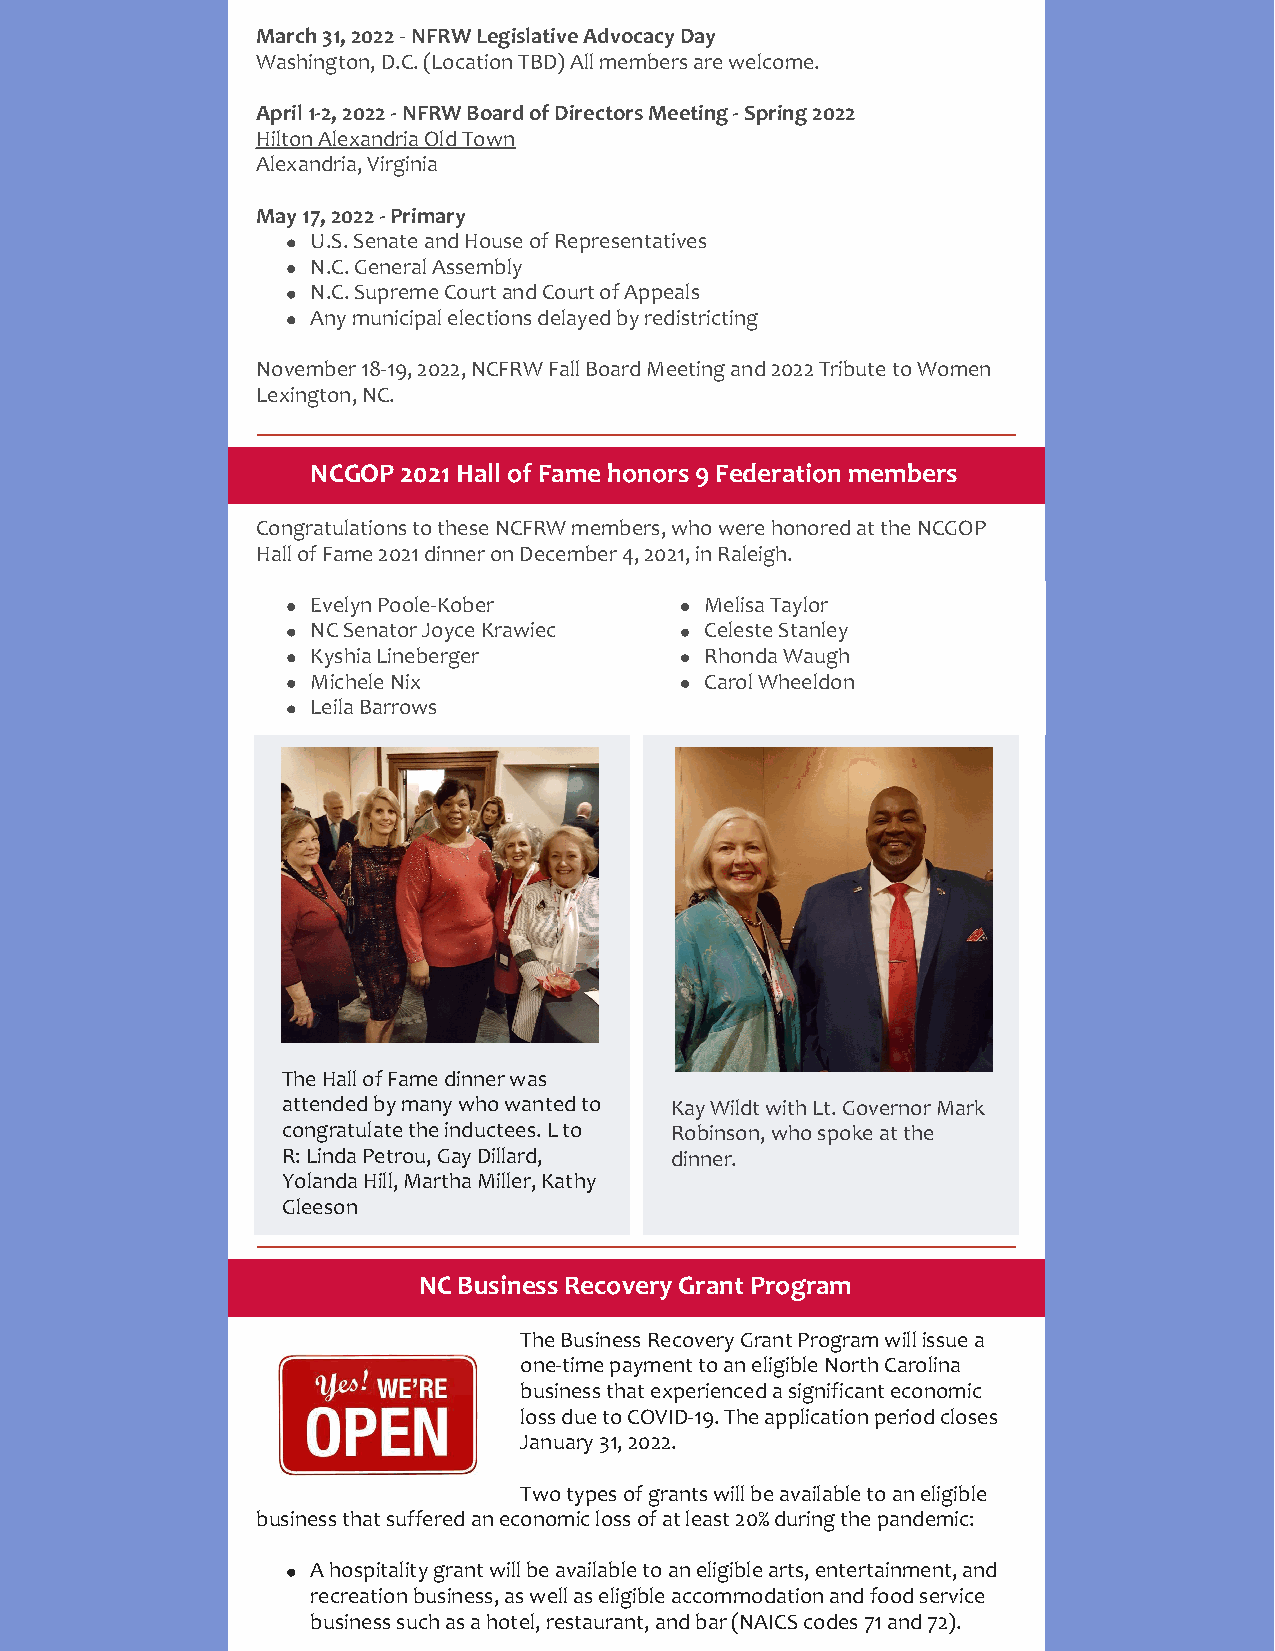
March 31, 2022 - NFRW Legislative Advocacy Day
 Washington, D.C. (Location TBD) All members are welcome.
 April 1-2, 2022 - NFRW Board of Directors Meeting - Spring 2022
 Hilton Alexandria Old Town
 Alexandria, Virginia
 May 17, 2022 - Primary
 U.S. Senate and House of Representatives
 N.C. General Assembly
 N.C. Supreme Court and Court of Appeals
 Any municipal elections delayed by redistricting
 November 18-19, 2022, NCFRW Fall Board Meeting and 2022 Tribute to Women
 Lexington, NC.
 NCGOP 2021 Hall of Fame honors 9 Federation members
 Congratulations to these NCFRW members, who were honored at the NCGOP
 Hall of Fame 2021 dinner on December 4, 2021, in Raleigh.
 ​Evelyn Poole-Kober       Melisa Taylor
 NC Senator Joyce Krawiec  Celeste Stanley
 Kyshia Lineberger         Rhonda Waugh
 Michele Nix               Carol Wheeldon
 Leila Barrows
 The Hall of Fame dinner was
 attended by many who wanted to Kay Wildt with Lt. Governor Mark
 congratulate the inductees. L to Robinson, who spoke at the
 R: Linda Petrou, Gay Dillard, dinner.
 Yolanda Hill, Martha Miller, Kathy
 Gleeson
 NC Business Recovery Grant Program
 The Business Recovery Grant Program will issue a
 one-time payment to an eligible North Carolina
 business that experienced a significant economic
 loss due to COVID-19. The application period closes
 January 31, 2022.
 Two types of grants will be available to an eligible
 business that suffered an economic loss of at least 20% during the pandemic:
 A hospitality grant will be available to an eligible arts, entertainment, and
 recreation business, as well as eligible accommodation and food service
 business such as a hotel, restaurant, and bar (NAICS codes 71 and 72).